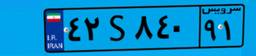
۸۸S۹۸۰۹۷